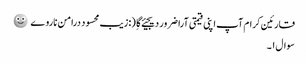
قارئین کرام آپ اپنی قیمتی آرا ضرور دیجیئے گا ِ (:زیب محسود درامن ناروے 🙂
سوال ۱۔